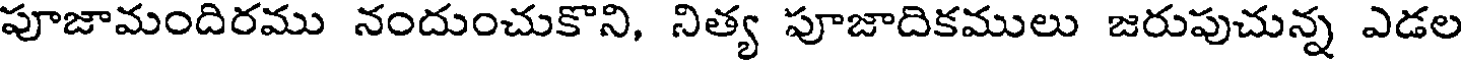
పూజామందిరము నందుంచుకొని, నిత్య పూజాదికములు జరుపుచున్న ఎడల